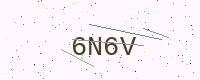
Text: 6N6V